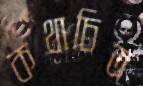
কথাচিত্র